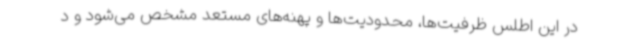
در این اطلس ظرفیت‌ها، محدودیت‌ها و پهنه‌های مستعد مشخص می‌شود و د